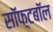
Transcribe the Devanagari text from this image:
सॉफ़्टबॉल